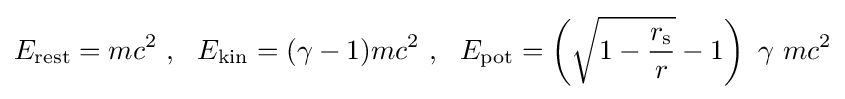
E_{\rm {rest}}=mc^{2}\ ,\ \ E_{\rm {kin}}=(\gamma -1)mc^{2}\ ,\ \ E_{\rm {pot}}=\left({\sqrt {1-{\frac {r_{\text{s}}}{r}}}}-1\right)\ \gamma \ mc^{2}